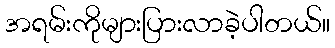
အရမ်းကိုများပြားလာခဲ့ပါတယ်။